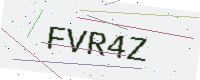
Text: FVR4Z